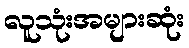
လူသုံးအများဆုံး